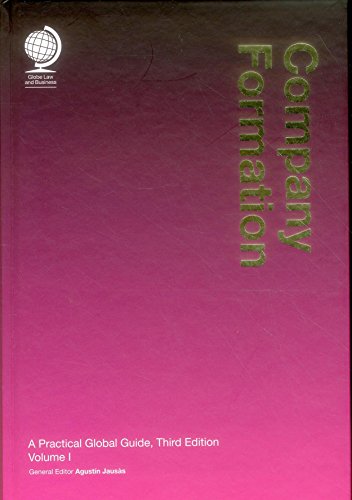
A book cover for Company Formation: A Practical Global Guide; Business & Money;